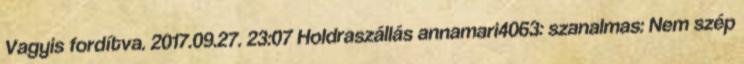
Vagyis fordítva. 2017.09.27. 23:07 Holdraszállás annamari4063: szanalmas: Nem szép